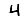
Digit: 4